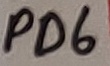
Text: PD6